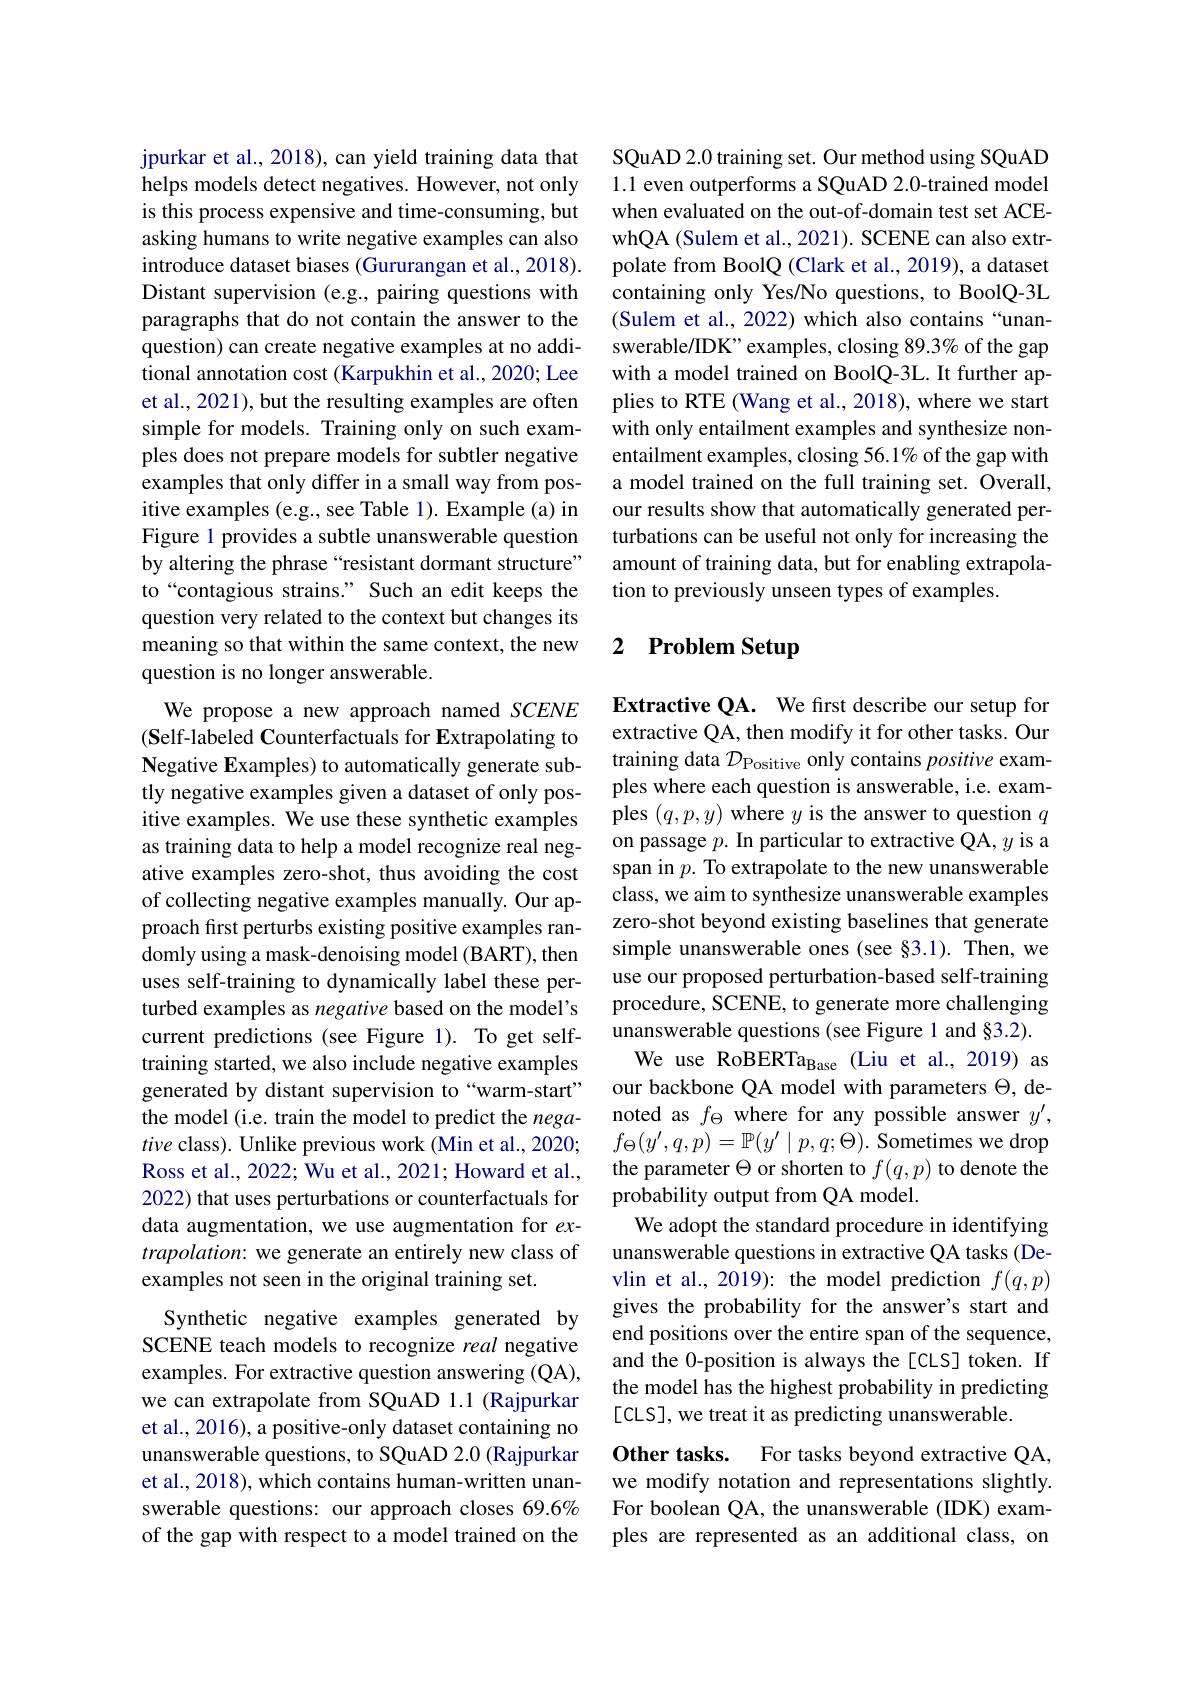
jpurkar et al., 2018), can yield training data that helps models detect negatives. However, not only is this process expensive and time-consuming, but asking humans to write negative examples can also introduce dataset biases (Gururangan et al., 2018). Distant supervision (e.g., pairing questions with paragraphs that do not contain the answer to the question) can create negative examples at no additional annotation cost (Karpukhin et al., 2020; Lee et al., 2021), but the resulting examples are often simple for models. Training only on such examples does not prepare models for subtler negative examples that only differ in a small way from positive examples (e.g., see Table 1). Example (a) in Figure 1 provides a subtle unanswerable question by altering the phrase“resistant dormant structure” to“contagious strains.” Such an edit keeps the question very related to the context but changes its meaning so that within the same context, the new question is no longer answerable.
We propose a new approach named SCENE (Self-labeled Counterfactuals for Extrapolating to Negative Examples) to automatically generate subtly negative examples given a dataset of only positive examples. We use these synthetic examples as training data to help a model recognize real negative examples zero-shot, thus avoiding the cost of collecting negative examples manually. Our approach first perturbs existing positive examples randomly using a mask-denoising model (BART), then uses self-training to dynamically label these perturbed examples as negative based on the model's current predictions (see Figure 1). To get selftraining started, we also include negative examples generated by distant supervision to“warm-start” the model (i.e. train the model to predict the negative class). Unlike previous work (Min et al., 2020; Ross et al., 2022; Wu et al., 2021; Howard et al., 2022) that uses perturbations or counterfactuals for data augmentation, we use augmentation for $ex-$ trapolation: we generate an entirely new class of examples not seen in the original training set.
Synthetic negative examples generated by SCENE teach models to recognize real negative examples. For extractive question answering (QA), we can extrapolate from SQuAD 1.1 (Rajpurkar et al., 2016), a positive-only dataset containing no unanswerable questions, to SQuAD 2.0 (Rajpurkar et al., 2018), which contains human-written unanswerable questions: our approach closes 69.6% of the gap with respect to a model trained on the

SQuAD 2.0 training set. Our method using SQuAD 1.1 even outperforms a SQuAD 2.0-trained model when evaluated on the out-of-domain test set ACEwhQA (Sulem et al., 2021). SCENE can also extrpolate from BoolQ (Clark et al., 2019), a dataset containing only Yes/No questions, to BoolQ-3L (Sulem et al., 2022) which also contains “unanswerable/IDK" examples, closing 89.3% of the gap with a model trained on BoolQ-3L. It further applies to RTE (Wang et al., 2018), where we start with only entailment examples and synthesize nonentailment examples, closing 56.1% of the gap with a model trained on the full training set. Overall, our results show that automatically generated perturbations can be useful not only for increasing the amount of training data, but for enabling extrapolation to previously unseen types of examples.

## 2 Problem Setup

Extractive QA. We first describe our setup for extractive QA, then modify it for other tasks. Our training data $\mathcal{D}_\mathrm{Positive}$ only contains positive examples where each question is answerable, i.e. examples $(q,p,y)$ where $y$ is the answer to question $q$ on passage $p.$ In particular to extractive QA, $y$ is a span in $p.$ To extrapolate to the new unanswerable class, we aim to synthesize unanswerable examples zero-shot beyond existing baselines that generate simple unanswerable ones (see §3.1). Then, we use our proposed perturbation-based self-training procedure, SCENE, to generate more challenging unanswerable questions (see Figure 1 and §3.2).
We use RoBERTa$_\mathrm{Base}$ (Liu et al., 2019) as our backbone QA model with parameters $\Theta$, denoted as $f_\Theta$ where for any possible answer $y^\prime$, $f_{\Theta}(y^{\prime},q,p)=\mathbb{P}(y^{\prime}\mid p,q;\Theta).$ Sometimes we drop the parameter $\Theta$ or shorten to $f(q,p)$ to denote the probability output from QA model.
We adopt the standard procedure in identifying unanswerable questions in extractive QA tasks (Devlin et al., 2019): the model prediction $f(q,p)$ gives the probability for the answer's start and end positions over the entire span of the sequence, and the 0-position is always the[CLS] token. If the model has the highest probability in predicting [CLS], we treat it as predicting unanswerable.
$\textbf{Other tasks. }$
For tasks beyond extractive QA,
we modify notation and representations slightly. For boolean QA, the unanswerable (IDK) examples are represented as an additional class, on